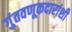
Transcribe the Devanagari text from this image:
गुंतवणूकदारांशी